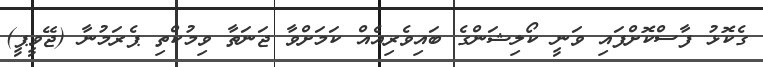
ގެކޮޅު ފާސްކޮށްފައި ވަނީ ކޯލިޝަންގެ ބައިވެރިއެއް ކަމަށްވާ ޖަނަތާ ވިމުކްތި ޕެރަމުނާ (ޖޭވީޕީ)